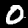
Label: 0